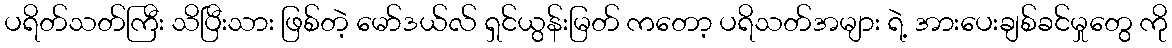
ပရိတ်သတ်ကြီး သိပြီးသား ဖြစ်တဲ့ မော်ဒယ်လ် ရှင်ယွန်းမြတ် ကတော့ ပရိသတ်အများ ရဲ့ အားပေးချစ်ခင်မှုတွေ ကို